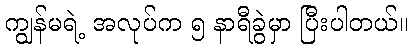
ကျွန်မရဲ့ အလုပ်က ၅ နာရီခွဲမှာ ပြီးပါတယ်။